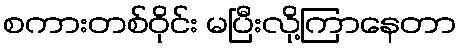
စကားတစ်ဝိုင်း မပြီးလို့ကြာနေတာ